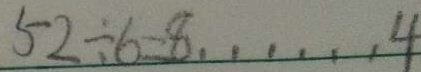
5 2 \div 6 = 8 \cdots 4